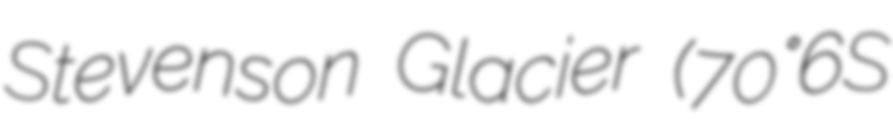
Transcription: Stevenson Glacier (70°6′S